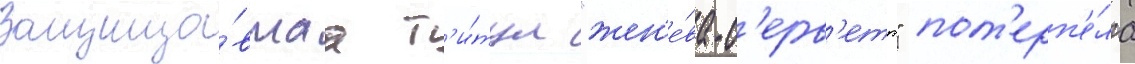
Защища́вшаа т'и́тул "жен'е́ва-с'ерв'етт" пот'ерп'е́ла